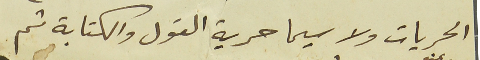
الحريات ولاسيما حرية القول والكتابة ثم